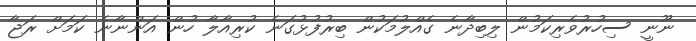
ނޫނީ ސިހުރުވެރިކަމުން ލިބިދާނެ ގެއްލުމަކުން ބިރުފުޅުގަނެ ކުރިއާލާ ހުން އަންނާނެ ކަމަށް ރަޖާ